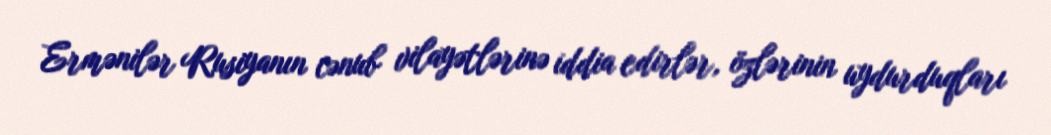
Ermənilər Rusiyanın cənub vilayətlərinə iddia edirlər, özlərinin uydurduqları